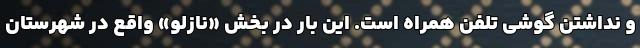
و نداشتن گوشی تلفن همراه است. این بار در بخش «نازلو» واقع در شهرستان